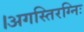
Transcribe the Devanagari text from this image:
।अगस्तिरग्निः